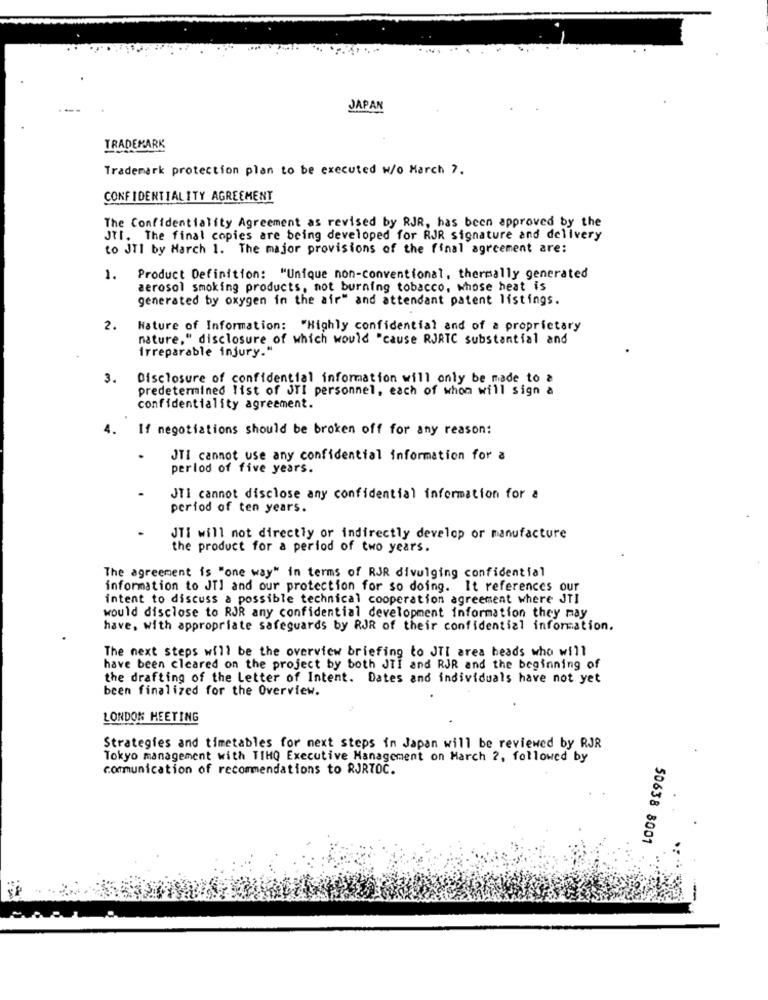
JAPAN
TRADEMARK
Trademark protection plan to be executed w/o March 7.
CONFIDENTIALITY AGREEMENT
The Confidentiality Agreement as revised by RJR, has been approved by the
JTI. The final copies are being developed for RJR signature and delivery
to JTI by March 1. The major provisions of the final agreement are:
1. Product Definition: "Unique non-conventional, thermally generated
aerosol smoking products, not burning tobacco, whose heat is
generated by oxygen in the air" and attendant patent listings.
2.
Nature of Information: "Highly confidential and of a proprietary
nature," disclosure of which would "cause RJRTC substantial and
Irreparable injury."
3.
Disclosure of confidential information will only be made to a
predetermined list of JTI personnel, each of whom will sign a
confidentiality agreement.
4.
If negotiations should be broken off for any reason:
JTI cannot use any confidential information for a
perlod of five years.
JTI cannot disclose any confidential information for a
period of ten years.
JTI will not directly or indirectly develop or manufacture
the product for a period of two years.
The agreement is "one way" in terms of RJR divulging confidential
information to JTI and our protection for so doing. It references our
intent to discuss a possible technical cooperation agreement where JTI
would disclose to RJR any confidential development information they may
have. with appropriate safeguards by RJR of their confidential information.
The next steps will be the overview briefing to JTI area heads who will
have been cleared on the project by both JTI and RJR and the beginning of
the drafting of the Letter of Intent. Dates and individuals have not yet
been finalized for the Overview.
LONDON MEETING
Strategies and timetables for next steps in Japan will be reviewed by RJR
Tokyo management with TIHO Executive Management on March 2, followed by
communication of recommendations to RJRTOC.
50638 8001